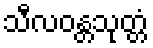
သီလဝန္တသုတ္တံ